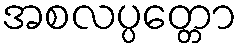
အစလပ္ပတ္တော